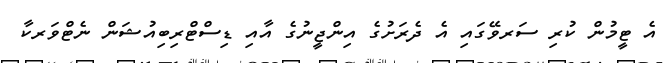
އެ ޓީމުން ކުރި ސަރވޭގައި އެ ދެރަށުގެ އިންޖީނުގެ އާއި ޑިސްޓްރިބިއުޝަން ނެޓްވަރކާ